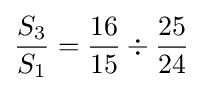
{S_{3} \over S_{1}}={{16 \over 15}\div {25 \over 24}}